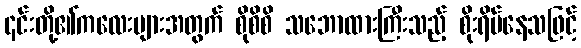
၎င်းတို့၏ကလေးများအတွက် စိုစိစိ သဘောထားကြီးသည့် စိုးရိမ်နေသဖြင့်